Medical and sanitary report of the native army of Bengal for the year
Year: 1876
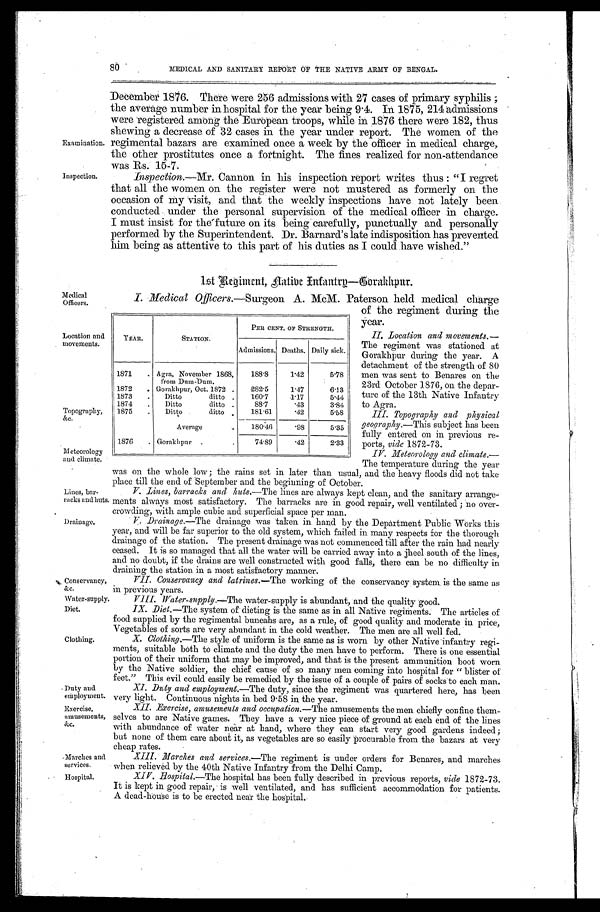
Medical
Officers.
Location and
movements.
Topography,
&c.
Meteorology
and climate.
Water-supply.
Diet.
Clothing.
Duty and
employment.
Exercise,
amusements,
&c.
Marches and
services.
Hospital.
Lines, bar-
racks and huts.
Drainage.
Conservancy,
&c.
80
MEDICAL AND SANITARY REPORT OF THE NATIVE ARMY OF BENGAL.
Examination.
Inspection.
December 1876. There were 256 admissions with 27 cases of primary syphilis ;
the average number in hospital for the year being 9.4. In 1875, 214 admissions
were registered among the European troops, while in 1876 there were 182, thus
shewing a decrease of 32 cases in the year under report. The women of the
regimental bazars are examined once a week by the officer in medical charge,
the other prostitutes once a fortnight. The fines realized for non-attendance
was Rs. 15-7.
Inspection.—Mr. Cannon in his inspection report writes thus : "I regret
that all the women on the register were not mustered as formerly on the
occasion of my visit, and that the weekly inspections have not lately been
conducted under the personal supervision of the medical officer in charge.
I must insist for the future on its being carefully, punctually and personally
performed by the Superintendent. Dr. Barnard's late indisposition has prevented
him being as attentive to this part of his duties as I could have wished."
1st Regiment, Native Infantry—Gorakhpur.
I. Medical Officers. —Surgeon A. McM. Paterson held medical charge
of the regiment during the
year.
II. Location and movements.—
The regiment was stationed at
Gorakhpur during the year. A
detachment of the strength of 80
men was sent to Benares on the
23rd October 1876, on the depar-
ture of the 13th Native Infantry
to Agra.
III. Topography and physical
geography.—This subject has been
fully entered on in previous re-
ports, vide 1872-73.
IV. Meteorology and climate.—
The temperature during the year
was on the whole low ; the rains set in later than usual, and the heavy floods did not take
place till the end of September and the beginning of October.
V. Lines, barracks and huts. —The lines are always kept clean, and the sanitary arrange-
ments always most satisfactory. The barracks are in good repair, well ventilated ; no over-
crowding, with ample cubic and superficial space per man.
V. Drainage.—The drainage was taken in hand by the Department Public Works this
year, and will be far superior to the old system, which failed in many respects for the thorough
drainage of the station. The present drainage was not commenced till after the rain had nearly
ceased. It is so managed that all the water will be carried away into a jheel south of the lines,
and no doubt, if the drains are well constructed with good falls, there can be no difficulty in
draining the station in a most satisfactory manner.
VII. Conservancy and latrines.—The working of the conservancy system is the same as
in previous years.
VIII. Water-supply.—The water-supply is abundant, and the quality good.
IX. Diet. —The system of dieting is the same as in all Native regiments. The articles of
food supplied by the regimental buneahs are, as a rule, of good quality and moderate in price,
Vegetables of sorts are very abundant in the cold weather. The men are all well fed.
X. Clothing. —The style of uniform is the same as is worn by other Native infantry regi-
ments, suitable both to climate and the duty the men have to perform. There is one essential
portion of their uniform that may be improved, and that is the present ammunition boot worn
by the Native soldier, the chief cause of so many men coming into hospital for "blister of
feet." This evil could easily be remedied by the issue of a couple of pairs of socks to each man.
XI. Duty and employment. —The duty, since the regiment was quartered here, has been
very light. Continuous nights in bed 9 . 58 in the year.
XII. Exercise, amusements and occupation. —The amusements the men chiefly confine them-
selves to are Native games. They have a very nice piece of ground at each end of the lines
with abundance of water near at hand, where they can start very good gardens indeed;
but none of them care about it, as vegetables are so easily procurable from the bazars at very
cheap rates.
XIII. Marches and services. —The regiment is under orders for Benares, and marches
when relieved by the 40th Native Infantry from the Delhi Camp.
XIV. Hospital.—The hospital has been fully described in previous reports, vide 1872-73.
It is kept in good repair, is well ventilated, and has sufficient accommodation for patients.
A dead-house is to be erected near the hospital.
YEAR.
STATION.
PER CENT. OF STRENGTH.
Admissions. Deaths. Daily sick.
1871
.
Agra, November 1868,
from Dum-Dum.
188.8
1.42
5.78
1872
. Gorakhpur, Oct. 1872 .
282.5
1.47
6.13
1873
.
Ditto ditto .
160.7
1.17
5.44
1874
.
Ditto ditto .
88.7
.43
3.84
1875
.
Ditto ditto .
181.61
.42
5.58
Average
.
180.46
.98
5.35
1876
. Gorakhpur .
.
74.89
.42
2.33